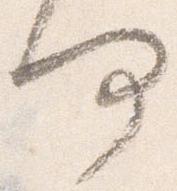
何